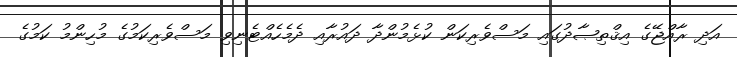
އަދި ރާއްޖޭގެ އިޤްތިޞާދުގައި މަސްވެރިކަން ކުޅެމުންދާ ދައުރާއި ދެމެހެއްޓެނިވި މަސްވެރިކަމުގެ މުހިންމު ކަމުގެ